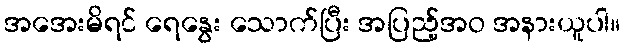
အအေးမိရင် ရေနွေး သောက်ပြီး အပြည့်အဝ အနားယူပါ။